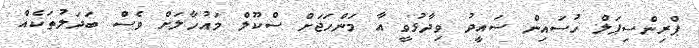
ޕްރިންސިޕަލް ހުސައިން ސައީދު ވިދާޅުވީ އާ މަންހަޖަށް ސްކޫލް މައުހާލަށް ވެސް ބަދަލުތަކެއް